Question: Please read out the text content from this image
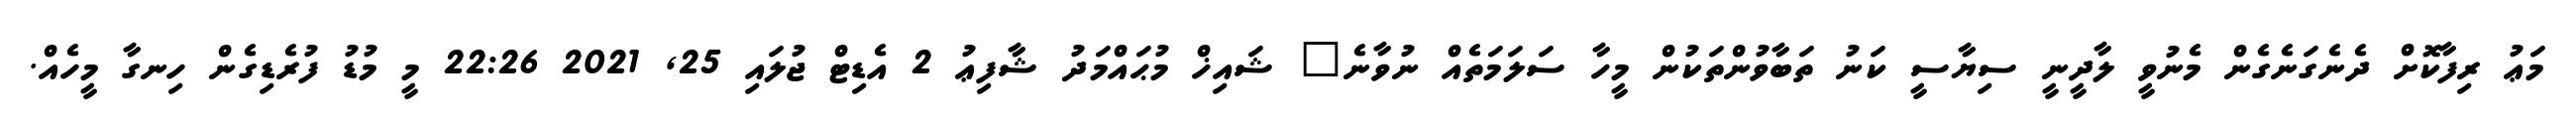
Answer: މަޢު ރިފާކޮށް ދެނެގަނެގެން މެނުވީ ލާދީނީ ސިޔާސީ ކަނު ތަބާވުންތަކުން މީހާ ސަލަމަތެއް ނުވާނެ" ޝައިޚް މުޙައްމަދު ޝާފިޢު 2 އެޑިޓް ޖުލައި 25, 2021 22:26 މީ މުޑު ފުރެޑިގެން ހިނގާ މީހެއް.